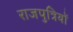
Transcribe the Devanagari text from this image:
राजपुत्रियों